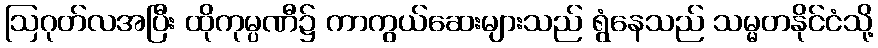
ဩဂုတ်လအပြီး ထိုကုမ္ပဏီ၌ ကာကွယ်ဆေးများသည် ရွံနေသည် သမ္မတနိုင်ငံသို့